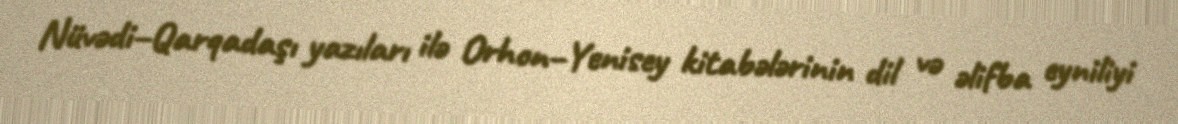
Nüvədi–Qarqadaşı yazıları ilə Orhon–Yenisey kitabələrinin dil və əlifba eyniliyi